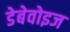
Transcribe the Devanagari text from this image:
डेबेवोइज